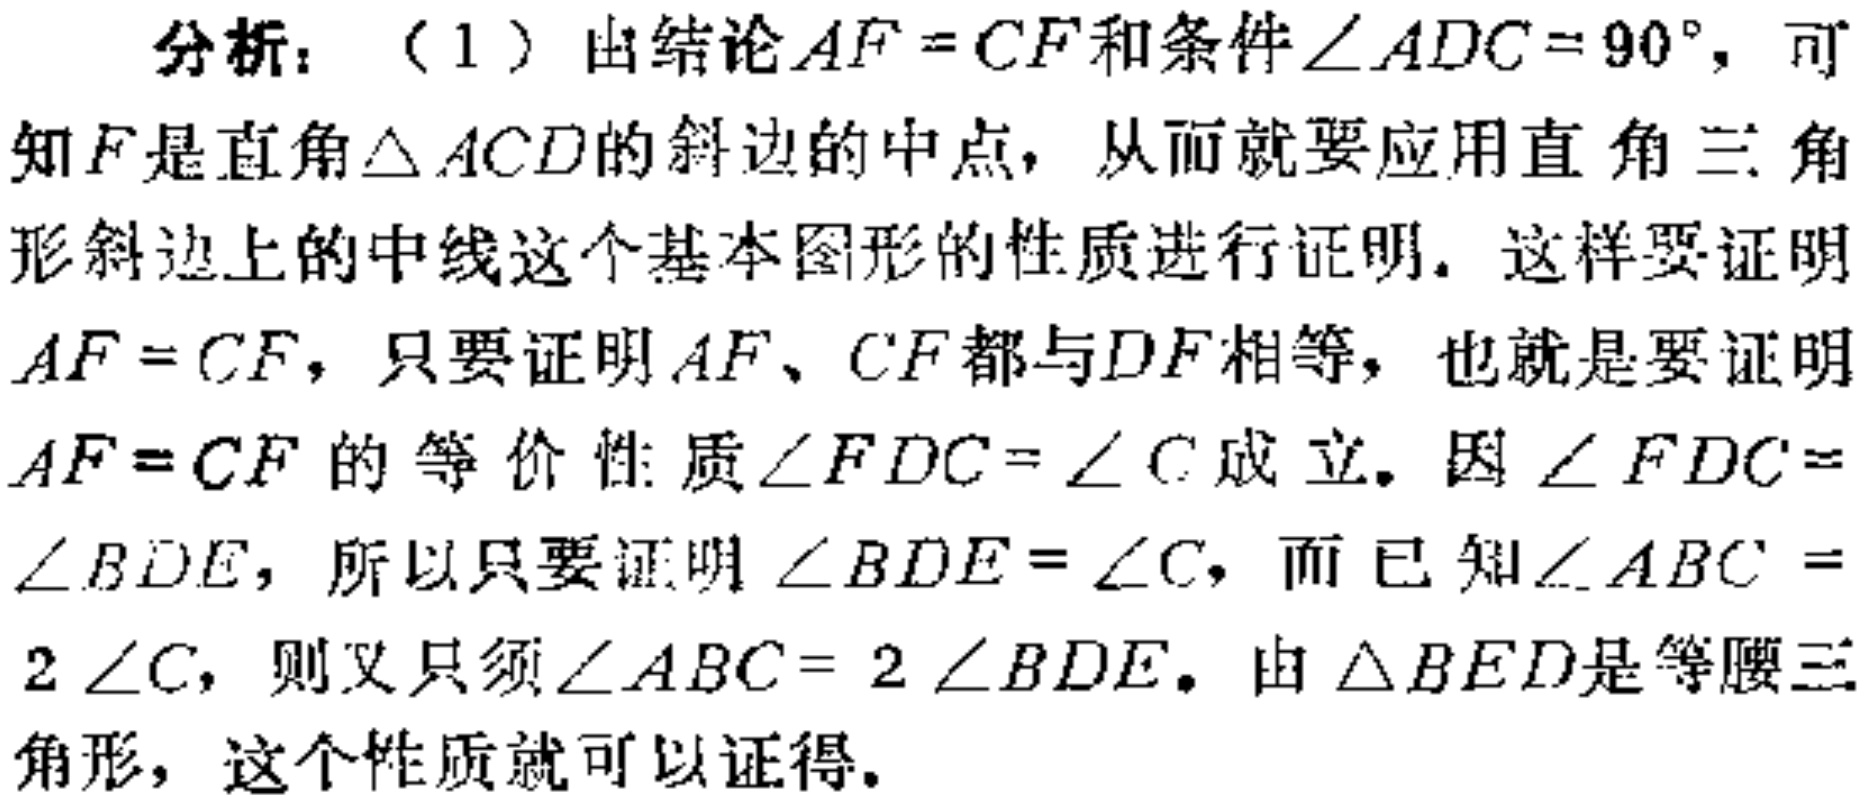
分析：（1）由结论\(AF = CF\)和条件\(\angle ADC = 90^{\circ}\)，可知\(F\)是直角\(\triangle ACD\)的斜边的中点，从而就要应用直角三角形斜边上的中线这个基本图形的性质进行证明。这样要证明\(AF = CF\)，只要证明\(AF\)、\(CF\)都与\(DF\)相等，也就是要证明\(AF = CF\)的等价性质\(\angle FDC=\angle C\)成立。因\(\angle FDC = \angle BDE\)，所以只要证明\(\angle BDE=\angle C\)，而已知\(\angle ABC = 2\angle C\)，则又只须\(\angle ABC = 2\angle BDE\)。由\(\triangle BED\)是等腰三角形，这个性质就可以证得。